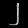
Digit: ၂